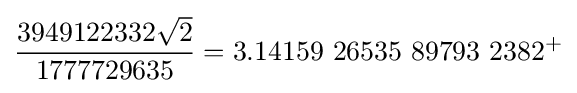
{\frac {3949122332{\sqrt {2}}}{1777729635}}=3.14159\ 26535\ 89793\ 2382^{+}